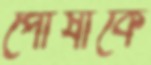
পোষাকে